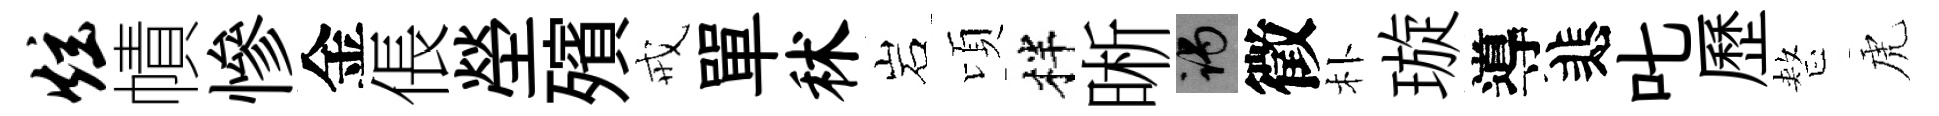
炫幘慘金倀塋殯戒單秫岩頃柈晰谒徵朴璇導悲叱歷整虎